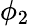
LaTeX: \phi_{2}